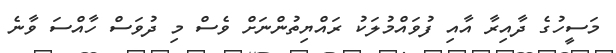
މަސީހުގެ ދާއިރާ އާއި ފުވައްމުލަކު ރައްޔިތުންނަށް ވެސް މި ދުވަސް ހާއްސަ ވާނެ